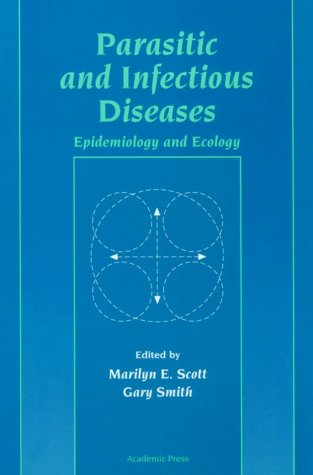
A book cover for Parasitic and Infectious Diseases: Epidemiology and Ecology; Medical Books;